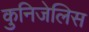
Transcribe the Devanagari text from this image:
कुनिजेलिस